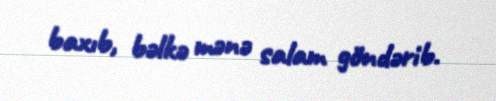
baxıb, bəlkə mənə salam göndərib.